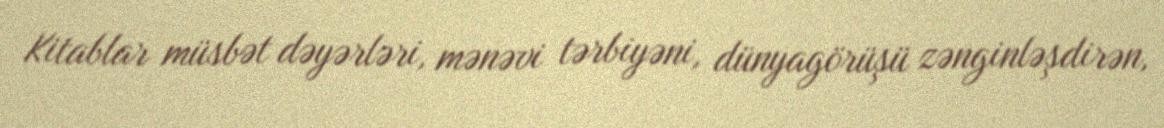
Kitablar müsbət dəyərləri, mənəvi tərbiyəni, dünyagörüşü zənginləşdirən,